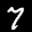
Label: 7